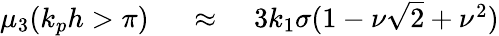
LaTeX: \begin{array}{rlr}{\mu_{3}(k_{p}h>\pi)\, \, }&{{}\approx}&{\, \, 3k_{1}\sigma(1-\nu\sqrt{2}+\nu^{2})}\end{array}